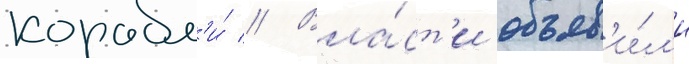
корабл'и́ // Вла́ст'и объяв'и́л'и